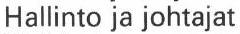
Hallinto ja johtajat